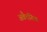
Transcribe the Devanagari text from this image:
अवैत्तनिक